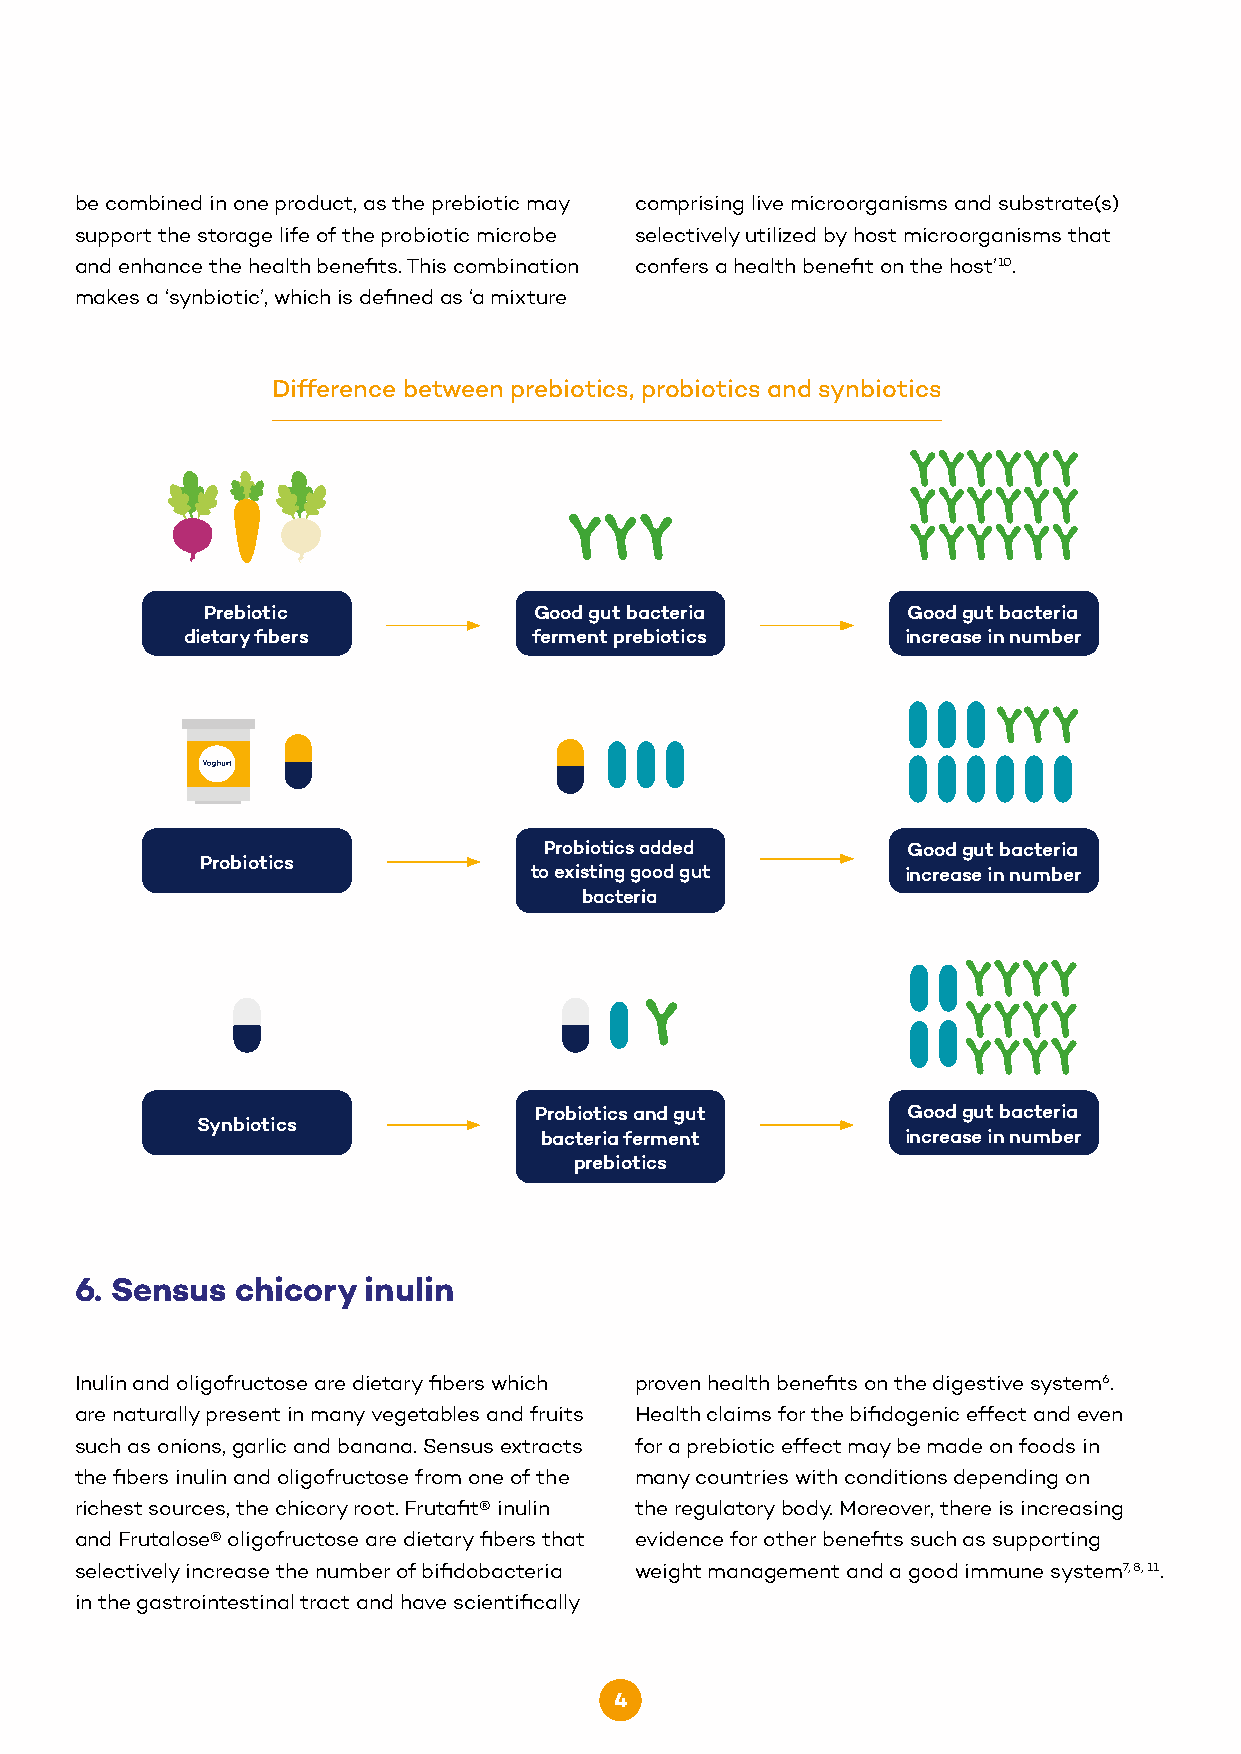
be combined in one product, as the prebiotic may comprising live microorganisms and substrate(s)
 support the storage life of the probiotic microbe selectively utilized by host microorganisms that
 and enhance the health benefits. This combination confers a health benefit on the host’10.
 makes a ‘synbiotic’, which is defined as ‘a mixture
 Difference between prebiotics, probiotics and synbiotics
 Prebiotic             Good gut bacteria        Good gut bacteria
 dietary fibers         ferment prebiotics       increase in number
 Probiotics added        Good gut bacteria
 Probiotics
 to existing good gut     increase in number
 bacteria
 Probiotics and gut       Good gut bacteria
 Synbiotics
 bacteria ferment        increase in number
 prebiotics
 6. Sensus  chicory inulin
 Inulin and oligofructose are dietary fibers which proven health benefits on the digestive system6.
 are naturally present in many vegetables and fruits Health claims for the bifidogenic effect and even
 such as onions, garlic and banana. Sensus extracts for a prebiotic effect may be made on foods in
 the fibers inulin and oligofructose from one of the many countries with conditions depending on
 richest sources, the chicory root. Frutafit® inulin the regulatory body. Moreover, there is increasing
 and Frutalose® oligofructose are dietary fibers that evidence for other benefits such as supporting
 selectively increase the number of bifidobacteria weight management and a good immune system7, 8, 11.
 in the gastrointestinal tract and have scientifically
 4